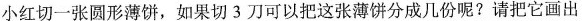
小红切一张圆形薄饼，如果切3刀可以把这张薄饼分成几份呢？请把它画出